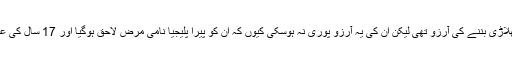
نسیمہ کو بچپن میں کھلاڑی بننے کی آرزو تھی لیکن ان کی یہ آرزو پوری نہ ہوسکی کیوں کہ ان کو پیرا پلیجیا نامی مرض لاحق ہوگیا اور 17 سال کی عمر سے مفلوج ہوگئیں۔